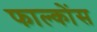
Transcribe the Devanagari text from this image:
फाल्कोंस